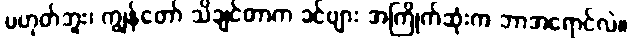
မဟုတ်ဘူး၊ ကျွန်တော် သိချင်တာက ခင်ဗျား အကြိုက်ဆုံးက ဘာအရောင်လဲ။